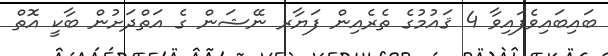
ބައިބައިވެފައިވާ 4 ޤައުމުގެ ތެރެއިން ފަޔާރ ނޭޝަން ގެ އަތްދަށުން ބާކީ އޮތް